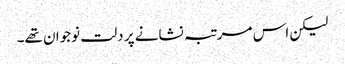
لیکن اس مرتبہ نشانے پر دلت نوجوان تھے۔